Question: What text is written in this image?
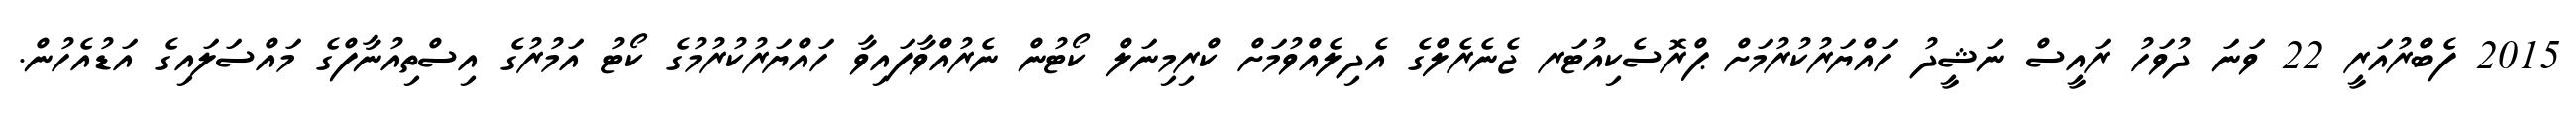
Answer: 2015 ފެބްރުއަރީ 22 ވަނަ ދުވަހު ރައީސް ނަޝީދު ހައްޔަރުކުރުމަށް ޕްރޮސެކިއުޓަރ ޖެނެރެލްގެ އެދިލެއްވުމަށް ކްރިމިނަލް ކޯޓުން ނެރުއްވާފައިވާ ހައްޔަރުކުރުމުގެ ކޯޓު އަމުރުގެ އިސްތިއުނާފްގެ މައްސަލައިގެ އަޑުއެހުން.